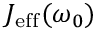
J _ { \mathrm { e f f } } ( \omega _ { 0 } )